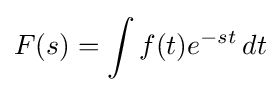
F(s)=\int f(t)e^{-st}\,dt